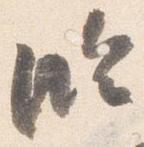
臨